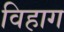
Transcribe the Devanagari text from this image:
विहाग